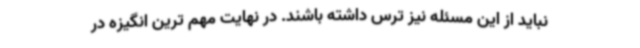
نباید از این مسئله نیز ترس داشته باشند. در نهایت مهم ترین انگیزه در